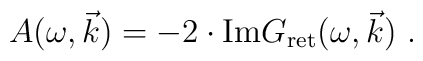
A(\omega ,\vec{k} ) = -2 \cdot \mathrm{Im} G_{\mathrm{ret}} (\omega ,\vec{k}) \ .